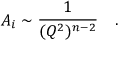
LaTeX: A _ { i } \sim \frac { 1 } { ( Q ^ { 2 } ) ^ { n - 2 } } \quad .